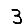
Digit: 3